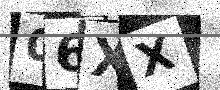
Text: 06XX